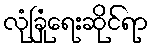
လုံခြုံရေးဆိုင်ရာ